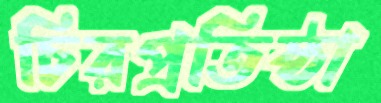
চিরপ্রতিষ্ঠা